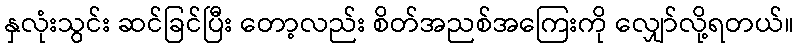
နှလုံးသွင်း ဆင်ခြင်ပြီး တော့လည်း စိတ်အညစ်အကြေးကို လျှော်လို့ရတယ်။